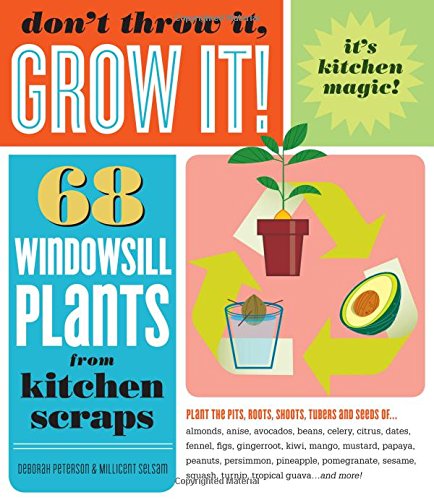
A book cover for Don't Throw It, Grow It!: 68 windowsill plants from kitchen scraps; Deborah Peterson; Crafts, Hobbies & Home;